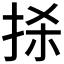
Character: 𢫬